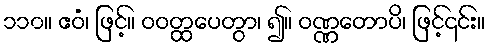
၁၁၀။ ဧဝံ၊ ဖြင့်။ ဝဝတ္ထပေတွာ၊ ၍။ ဝဏ္ဏတောပိ၊ ဖြင့်၎င်း။